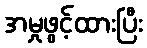
အမှုဖွင့်ထားပြီး